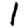
Digit: 1